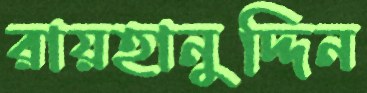
রায়হানুদ্দিন